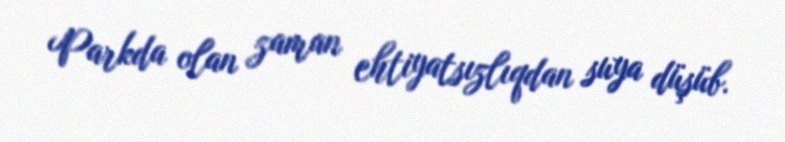
Parkda olan zaman ehtiyatsızlıqdan suya düşüb.